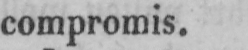
compromis.